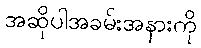
အဆိုပါအခမ်းအနားကို